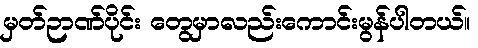
မှတ်ဉာဏ်ပိုင်း တွေမှာလည်းကောင်းမွန်ပါတယ်။